Statistical return of the lunatic asylum in Assam - 1912-1932
Year: 1912
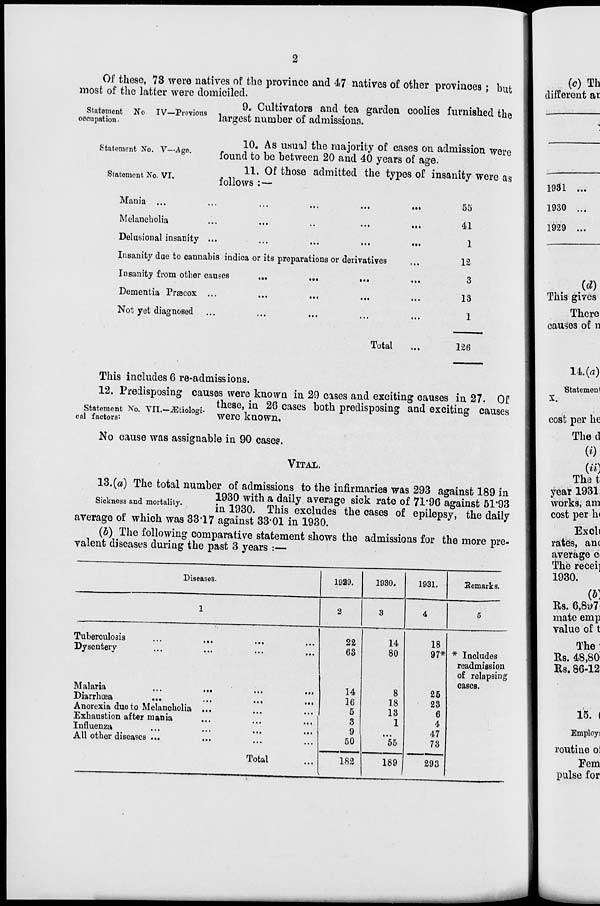
Of these, 73 were natives of the province and 47 natives of other provinces ; but
most of the latter were domiciled.
9. Cultivators and tea garden coolies furnished the
occupa e tlon Ut N° IV - preYiot|S largest number of admissions.
Statement No. V—Age.
Statement No. VI.
(c) Th
different ar
10. As usual the majority of cases on admission were
found to be between 20 and 40 years of age.
11. Of those admitted the types of insanity were as
follows :—
Mania ...
...
...
...
•••
Melancholia
...
...
Delusional insanity ...
Insanity due to cannabis indica or its preparations or derivatives
Insanity from other causes
...
...
...
Dementia Prsecox ...
Not yet diagnosed
Total
55
41
1
12
3
13
I
126
This includes 6 re-admissions.
12. Predisposing causes were known in 29 cases and exciting causes in 27. Of
these, in 26 cases both predisposing and exciting causes
col factors:
Statement No. VII.—JEtiologi-
,
s
were known.
No cause was assignable in 90 cases.
VITAL.
13.(a) The total number of admissions to the infirmaries was 293 against 189 in
s
1930 with a daily average sick rate of 71*96 against 51*93
moraiy.
in 1930. This excludes the cases of epilepsy, the daily
average of which was 3317 against 33*01 in 1930.
(b) The following comparative statement shows the admissions for the more pre-
valent diseases during the past 3 years :—
Diseases.
1929.
1930.
1931.
Bemarks.
1
2
3
4
5
Tuberculosis
...
...
Dysentery
Malaria
Diarrhoea
...
Anorexia due to Melancholia ...
Exhaustion after mania
Influenza
All other diseases ....
■.•
...
...
...
...
...
...
...
Total
22
63
14
16
5
3
9
50
14
80
8
18
13
1
"55
18
97*
25
23
6
4
47
73
* Includes
readmission
of relapsing
cases.
182
189
293
1931 ...
1930 ...
1929 ...
{d)
This gives
There
causes of n
14. {a)
Statement
X.
cost per he
Thed
«
(ii)
That
year 1931
works, am
cost per h<
Excb
rates, anc
average a
The recei]
1930.
Rs. 6,8v)7
mate emp
value of t
The
Es. 48,80
Rs. 86-12
15. (
Employ)
routine oi
Fern
pulse for